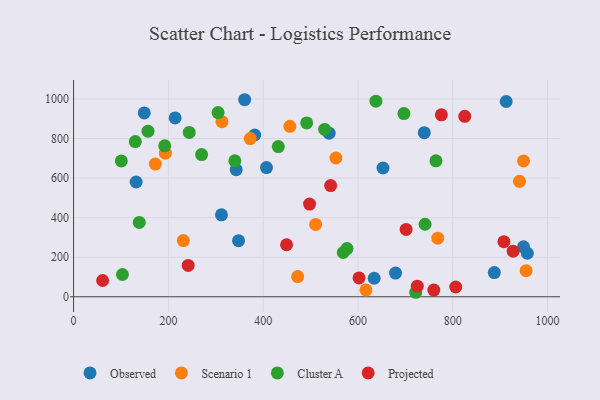
{"axis": {"x": "Ad Spend", "y": "Fuel Efficiency"}, "legend": ["Cluster A", "Observed", "Projected", "Scenario 1"], "data": [{"x": "739.8", "y": 829.7, "type": "Observed"}, {"x": "360.9", "y": 996.3, "type": "Observed"}, {"x": "312.0", "y": 414.4, "type": "Observed"}, {"x": "634.1", "y": 93.8, "type": "Observed"}, {"x": "348.0", "y": 283.5, "type": "Observed"}, {"x": "679.2", "y": 120.1, "type": "Observed"}, {"x": "214.2", "y": 904.5, "type": "Observed"}, {"x": "912.6", "y": 987.4, "type": "Observed"}, {"x": "957.3", "y": 220.0, "type": "Observed"}, {"x": "407.0", "y": 653.4, "type": "Observed"}, {"x": "949.2", "y": 252.6, "type": "Observed"}, {"x": "132.0", "y": 580.4, "type": "Observed"}, {"x": "149.1", "y": 929.5, "type": "Observed"}, {"x": "343.0", "y": 642.4, "type": "Observed"}, {"x": "382.1", "y": 817.9, "type": "Observed"}, {"x": "652.8", "y": 651.1, "type": "Observed"}, {"x": "887.6", "y": 122.6, "type": "Observed"}, {"x": "539.1", "y": 827.2, "type": "Observed"}, {"x": "193.7", "y": 726.3, "type": "Scenario 1"}, {"x": "231.5", "y": 284.0, "type": "Scenario 1"}, {"x": "553.4", "y": 701.6, "type": "Scenario 1"}, {"x": "768.3", "y": 296.5, "type": "Scenario 1"}, {"x": "472.7", "y": 102.1, "type": "Scenario 1"}, {"x": "172.5", "y": 671.1, "type": "Scenario 1"}, {"x": "940.6", "y": 583.7, "type": "Scenario 1"}, {"x": "954.6", "y": 131.8, "type": "Scenario 1"}, {"x": "949.2", "y": 687.0, "type": "Scenario 1"}, {"x": "616.8", "y": 34.7, "type": "Scenario 1"}, {"x": "313.0", "y": 885.5, "type": "Scenario 1"}, {"x": "510.6", "y": 365.9, "type": "Scenario 1"}, {"x": "372.7", "y": 800.1, "type": "Scenario 1"}, {"x": "456.3", "y": 861.7, "type": "Scenario 1"}, {"x": "192.3", "y": 763.3, "type": "Cluster A"}, {"x": "340.2", "y": 687.5, "type": "Cluster A"}, {"x": "244.0", "y": 831.0, "type": "Cluster A"}, {"x": "304.8", "y": 931.2, "type": "Cluster A"}, {"x": "431.9", "y": 759.5, "type": "Cluster A"}, {"x": "696.9", "y": 926.3, "type": "Cluster A"}, {"x": "103.1", "y": 112.6, "type": "Cluster A"}, {"x": "270.1", "y": 719.1, "type": "Cluster A"}, {"x": "568.8", "y": 224.0, "type": "Cluster A"}, {"x": "529.7", "y": 846.1, "type": "Cluster A"}, {"x": "130.2", "y": 784.8, "type": "Cluster A"}, {"x": "576.8", "y": 243.9, "type": "Cluster A"}, {"x": "157.0", "y": 837.2, "type": "Cluster A"}, {"x": "491.8", "y": 879.1, "type": "Cluster A"}, {"x": "637.8", "y": 988.9, "type": "Cluster A"}, {"x": "100.8", "y": 686.7, "type": "Cluster A"}, {"x": "138.6", "y": 375.7, "type": "Cluster A"}, {"x": "741.5", "y": 366.7, "type": "Cluster A"}, {"x": "764.4", "y": 687.2, "type": "Cluster A"}, {"x": "721.7", "y": 22.8, "type": "Cluster A"}, {"x": "825.2", "y": 912.2, "type": "Projected"}, {"x": "701.5", "y": 340.7, "type": "Projected"}, {"x": "775.9", "y": 920.0, "type": "Projected"}, {"x": "725.1", "y": 53.4, "type": "Projected"}, {"x": "927.3", "y": 230.6, "type": "Projected"}, {"x": "542.3", "y": 562.4, "type": "Projected"}, {"x": "806.2", "y": 49.4, "type": "Projected"}, {"x": "449.3", "y": 263.2, "type": "Projected"}, {"x": "497.8", "y": 468.6, "type": "Projected"}, {"x": "241.8", "y": 158.8, "type": "Projected"}, {"x": "760.0", "y": 34.0, "type": "Projected"}, {"x": "61.3", "y": 82.3, "type": "Projected"}, {"x": "907.8", "y": 278.5, "type": "Projected"}, {"x": "602.2", "y": 95.1, "type": "Projected"}]}